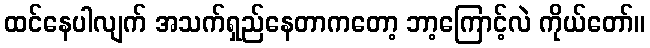
ထင်နေပါလျက် အသက်ရှည်နေတာကတော့ ဘာ့ကြောင့်လဲ ကိုယ်တော်။